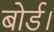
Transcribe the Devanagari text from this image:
बोर्ड।